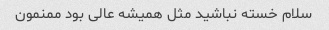
سلام خسته نباشید مثل همیشه عالی بود ممنمون